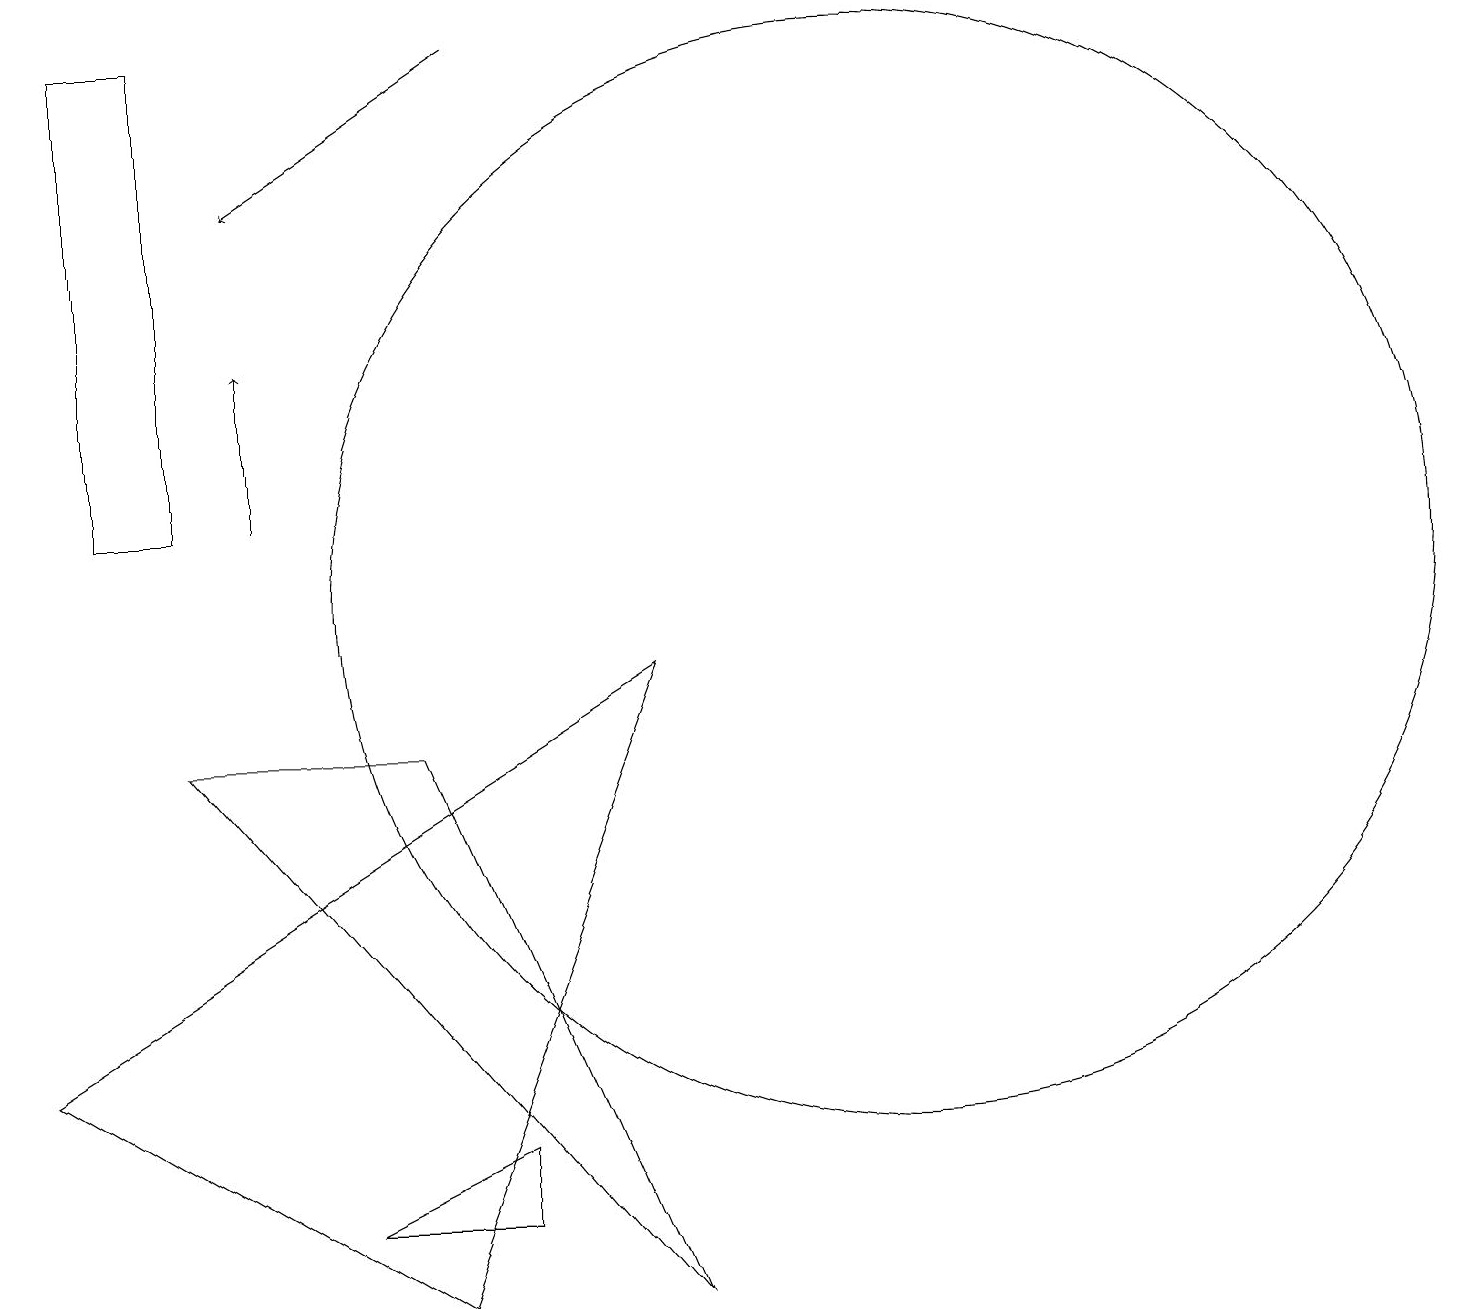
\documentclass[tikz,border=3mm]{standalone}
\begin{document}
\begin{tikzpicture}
\draw (9,1) -- (3,8) -- (6,8) -- cycle;
\draw[->] (4,11) -- (4,13);
\draw (12,10) circle (7);
\draw (9,9) -- (1,4) -- (6,1) -- cycle;
\draw (3,17) rectangle (2,11);
\draw[->] (7,17) -- (4,15);
\draw (5,2) -- (7,3) -- (7,2) -- cycle;
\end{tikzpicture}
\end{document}